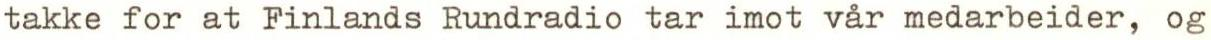
takke for at Finlands Rundradio tar imot vår medarbeider, og